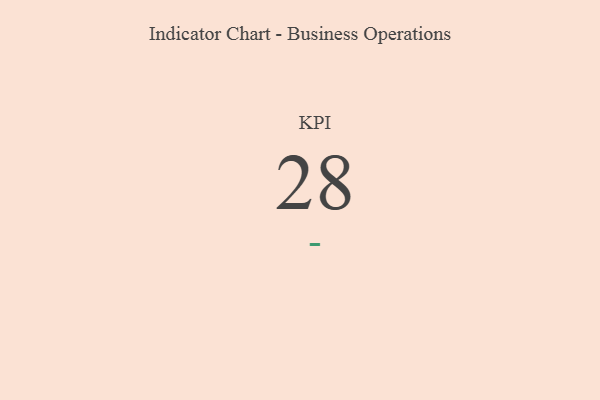
{"axis": {"x": "KPI", "y": "Value"}, "legend": [""], "data": [{"x": "KPI", "y": 28, "type": ""}]}